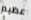
عظيم